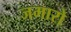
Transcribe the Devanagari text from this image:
जमारो